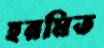
হরমিত